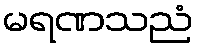
မရဏသညံ